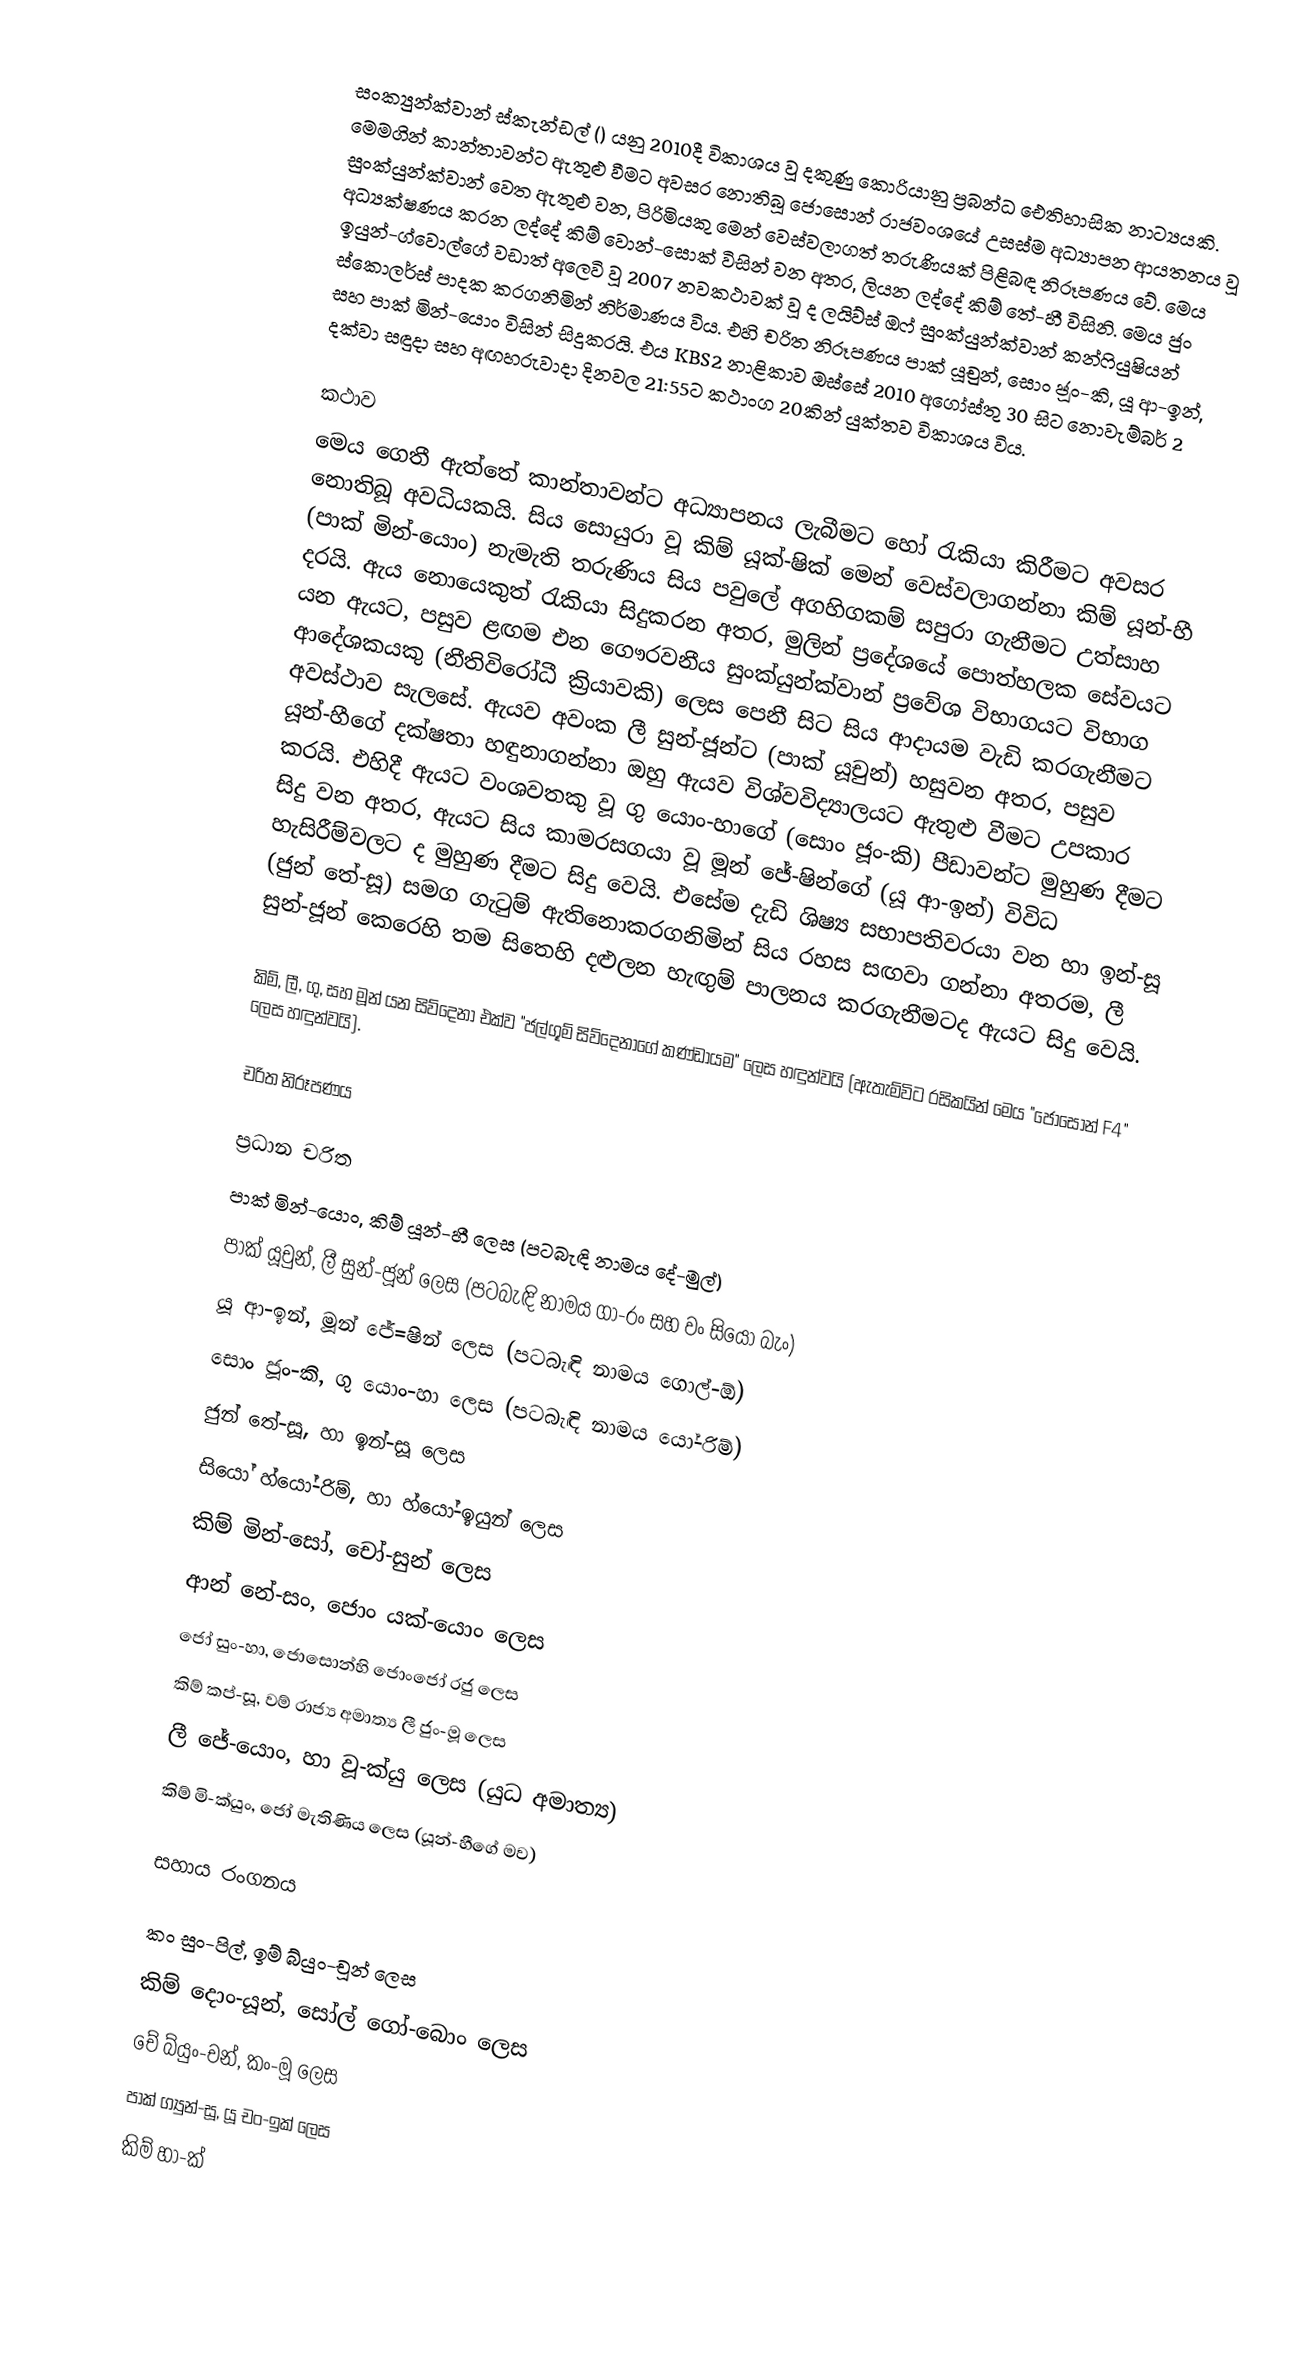
සංක්‍යුන්ක්වාන් ස්කැන්ඩල් () යනු 2010දී විකාශය වූ දකුණු කොරියානු ප්‍රබන්ධ ඓතිහාසික නාට්‍යයකි. මෙමගින් කාන්තාවන්ට ඇතුළු වීමට අවසර නොතිබූ ජොසොන් රාජවංශයේ උසස්ම අධ්‍යාපන ආයතනය වූ සුංක්යුන්ක්වාන් වෙත ඇතුළු වන, පිරිමියකු මෙන් වෙස්වලාගත් තරුණියක් පිළිබඳ නිරූපණය වේ. මෙය අධ්‍යක්ෂණය කරන ලද්දේ කිම් වොන්-සොක් විසින් වන අතර, ලියන ලද්දේ කිම් තේ-හී විසිනි. මෙය ජුං ඉයුන්-ග්වොල්ගේ වඩාත් අලෙවි වූ 2007 නවකථාවක් වූ ද ලයිව්ස් ඔෆ් සුංක්යුන්ක්වාන් කන්ෆියුෂියන් ස්කොලර්ස් පාදක කරගනිමින් නිර්මාණය විය. එහි චරිත නිරූපණය පාක් යූචුන්, සොං ජූං-කි, යූ ආ-ඉන්, සහ පාක් මින්-යොං විසින් සිදුකරයි. එය KBS2 නාළිකාව ඔස්සේ 2010 අගෝස්තු 30 සිට නොවැම්බර් 2 දක්වා සඳුදා සහ අඟහරුවාදා දිනවල 21:55ට කථාංග 20කින් යුක්තව විකාශය විය.

කථාව
මෙය ගෙතී ඇත්තේ කාන්තාවන්ට අධ්‍යාපනය ලැබීමට හෝ රැකියා කිරීමට අවසර නොතිබූ අවධියකයි. සිය සොයුරා වූ කිම් යූක්-ෂික් මෙන් වෙස්වලාගන්නා කිම් යූන්-හී (පාක් මින්-යොං) නැමැති තරුණිය සිය පවුලේ අගහිගකම් සපුරා ගැනීමට උත්සාහ දරයි. ඇය නොයෙකුත් රැකියා සිදුකරන අතර, මුලින් ප්‍රදේශයේ පොත්හලක සේවයට යන ඇයට, පසුව ළඟම එන ගෞරවනීය සුංක්යුන්ක්වාන් ප්‍රවේශ විභාගයට විභාග ආදේශකයකු (නීතිවිරෝධී ක්‍රියාවකි) ලෙස පෙනී සිට සිය ආදායම වැඩි කරගැනීමට අවස්ථාව සැලසේ. ඇයව අවංක ලී සුන්-ජූන්ට (පාක් යූචුන්) හසුවන අතර, පසුව යූන්-හීගේ දක්ෂතා හඳුනාගන්නා ඔහු ඇයව විශ්වවිද්‍යාලයට ඇතුළු වීමට උපකාර කරයි. එහිදී ඇයට වංශවතකු වූ ගු යොං-හා‍ගේ (සොං ජූං-කි) පීඩාවන්ට මුහුණ දීමට සිදු වන අතර, ඇයට සිය කාමරසගයා වූ මූන් ජේ-ෂින්ගේ (යූ ආ-ඉන්) විවිධ හැසිරීම්වලට ද මුහුණ දීමට සිදු වෙයි. එසේම දැඩි ශිෂ්‍ය සභාපතිවරයා වන හා ඉන්-සූ (ජුන් තේ-සූ) සමග ගැටුම් ඇතිනොකරගනිමින් සිය රහස සඟවා ගන්නා අතරම, ලී සුන්-ජූන් කෙරෙහි තම සිතෙහි දළුලන හැඟුම් පාලනය කරගැනීමටද ඇයට සිදු වෙයි.

කිම්, ලී, ගු, සහ මූන් යන සිව්දෙනා එක්ව "ජල්ගූම් සිව්දෙනාගේ කණ්ඩායම" ලෙස හඳුන්වයි (ඇතැම්විට රසිකයින් මෙය "ජොසොන් F4" ලෙස හඳුන්වයි).

චරිත නිරූපණය

ප්‍රධාන චරිත
පාක් මින්-යොං, කිම් ‍යූන්-හී ලෙස (පටබැඳි නාමය දේ-මුල්)
පාක් යූචුන්, ලී සුන්-ජූන් ලෙස (පටබැඳි නාමය ගා-රං සහ වං සියෝ බැං)
යූ ආ-ඉන්, මූන් ජේ=ෂින් ලෙස (පටබැඳි නාමය ගොල්-ඕ)
සොං ජූං-කි, ගු යොං-හා ලෙස (පටබැඳි නාමය යෝ-රිම්)
ජුන් තේ-සූ, හා ඉන්-සූ ලෙස
සියෝ හ්යෝ-රිම්, හා හ්යෝ-ඉයුන් ලෙස
කිම් මින්-සෝ, චෝ-සුන් ලෙස
ආන් නේ-සං, ජොං යක්-යොං ලෙස
ජෝ සුං-හා, ජොසොන්හි ජොංජෝ රජු ලෙස
කිම් කප්-සූ, වම් රාජ්‍ය අමාත්‍ය ලී ජුං-මූ ලෙස
ලී‍ ජේ-යොං, හා වූ-ක්යු ලෙස (යුධ අමාත්‍ය)
කිම් මි-ක්යුං, ජෝ මැතිණිය ලෙස (යූන්-හීගේ මව)

සහාය රංගනය

කං සුං-පිල්, ඉම් බ්යුං-චූන් ලෙස
කිම් දොං-යූන්, සෝල් ගෝ-බොං ලෙස
චේ බ්යුං-චන්, කං-මූ ලෙස
පාක් ග්‍යුන්-සූ, යූ චං-ඉක් ලෙස
කිම් හා-ක්